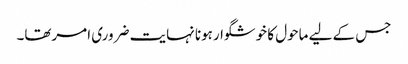
جس کے لیے ماحول کا خوشگوارہونا نہایت ضروری امرتھا۔